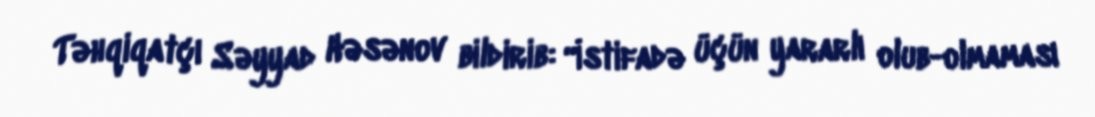
Təhqiqatçı Səyyad Həsənov bildirib: “İstifadə üçün yararlı olub-olmaması